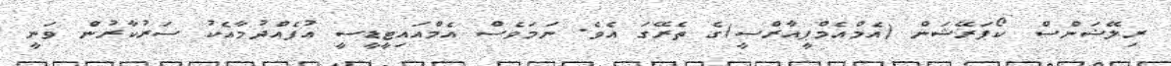
ރިލޭޝަންސް ކޯޕަރޭޝަން (އެމްއެމްޕީއާރްސީ)ގެ ތެރޭގަ އެވެ. ނަމަވެސް އެމްއައިޓީޑީސީ އުފެއްދުމާއެކު ސަރުކާރުން ވަނީ